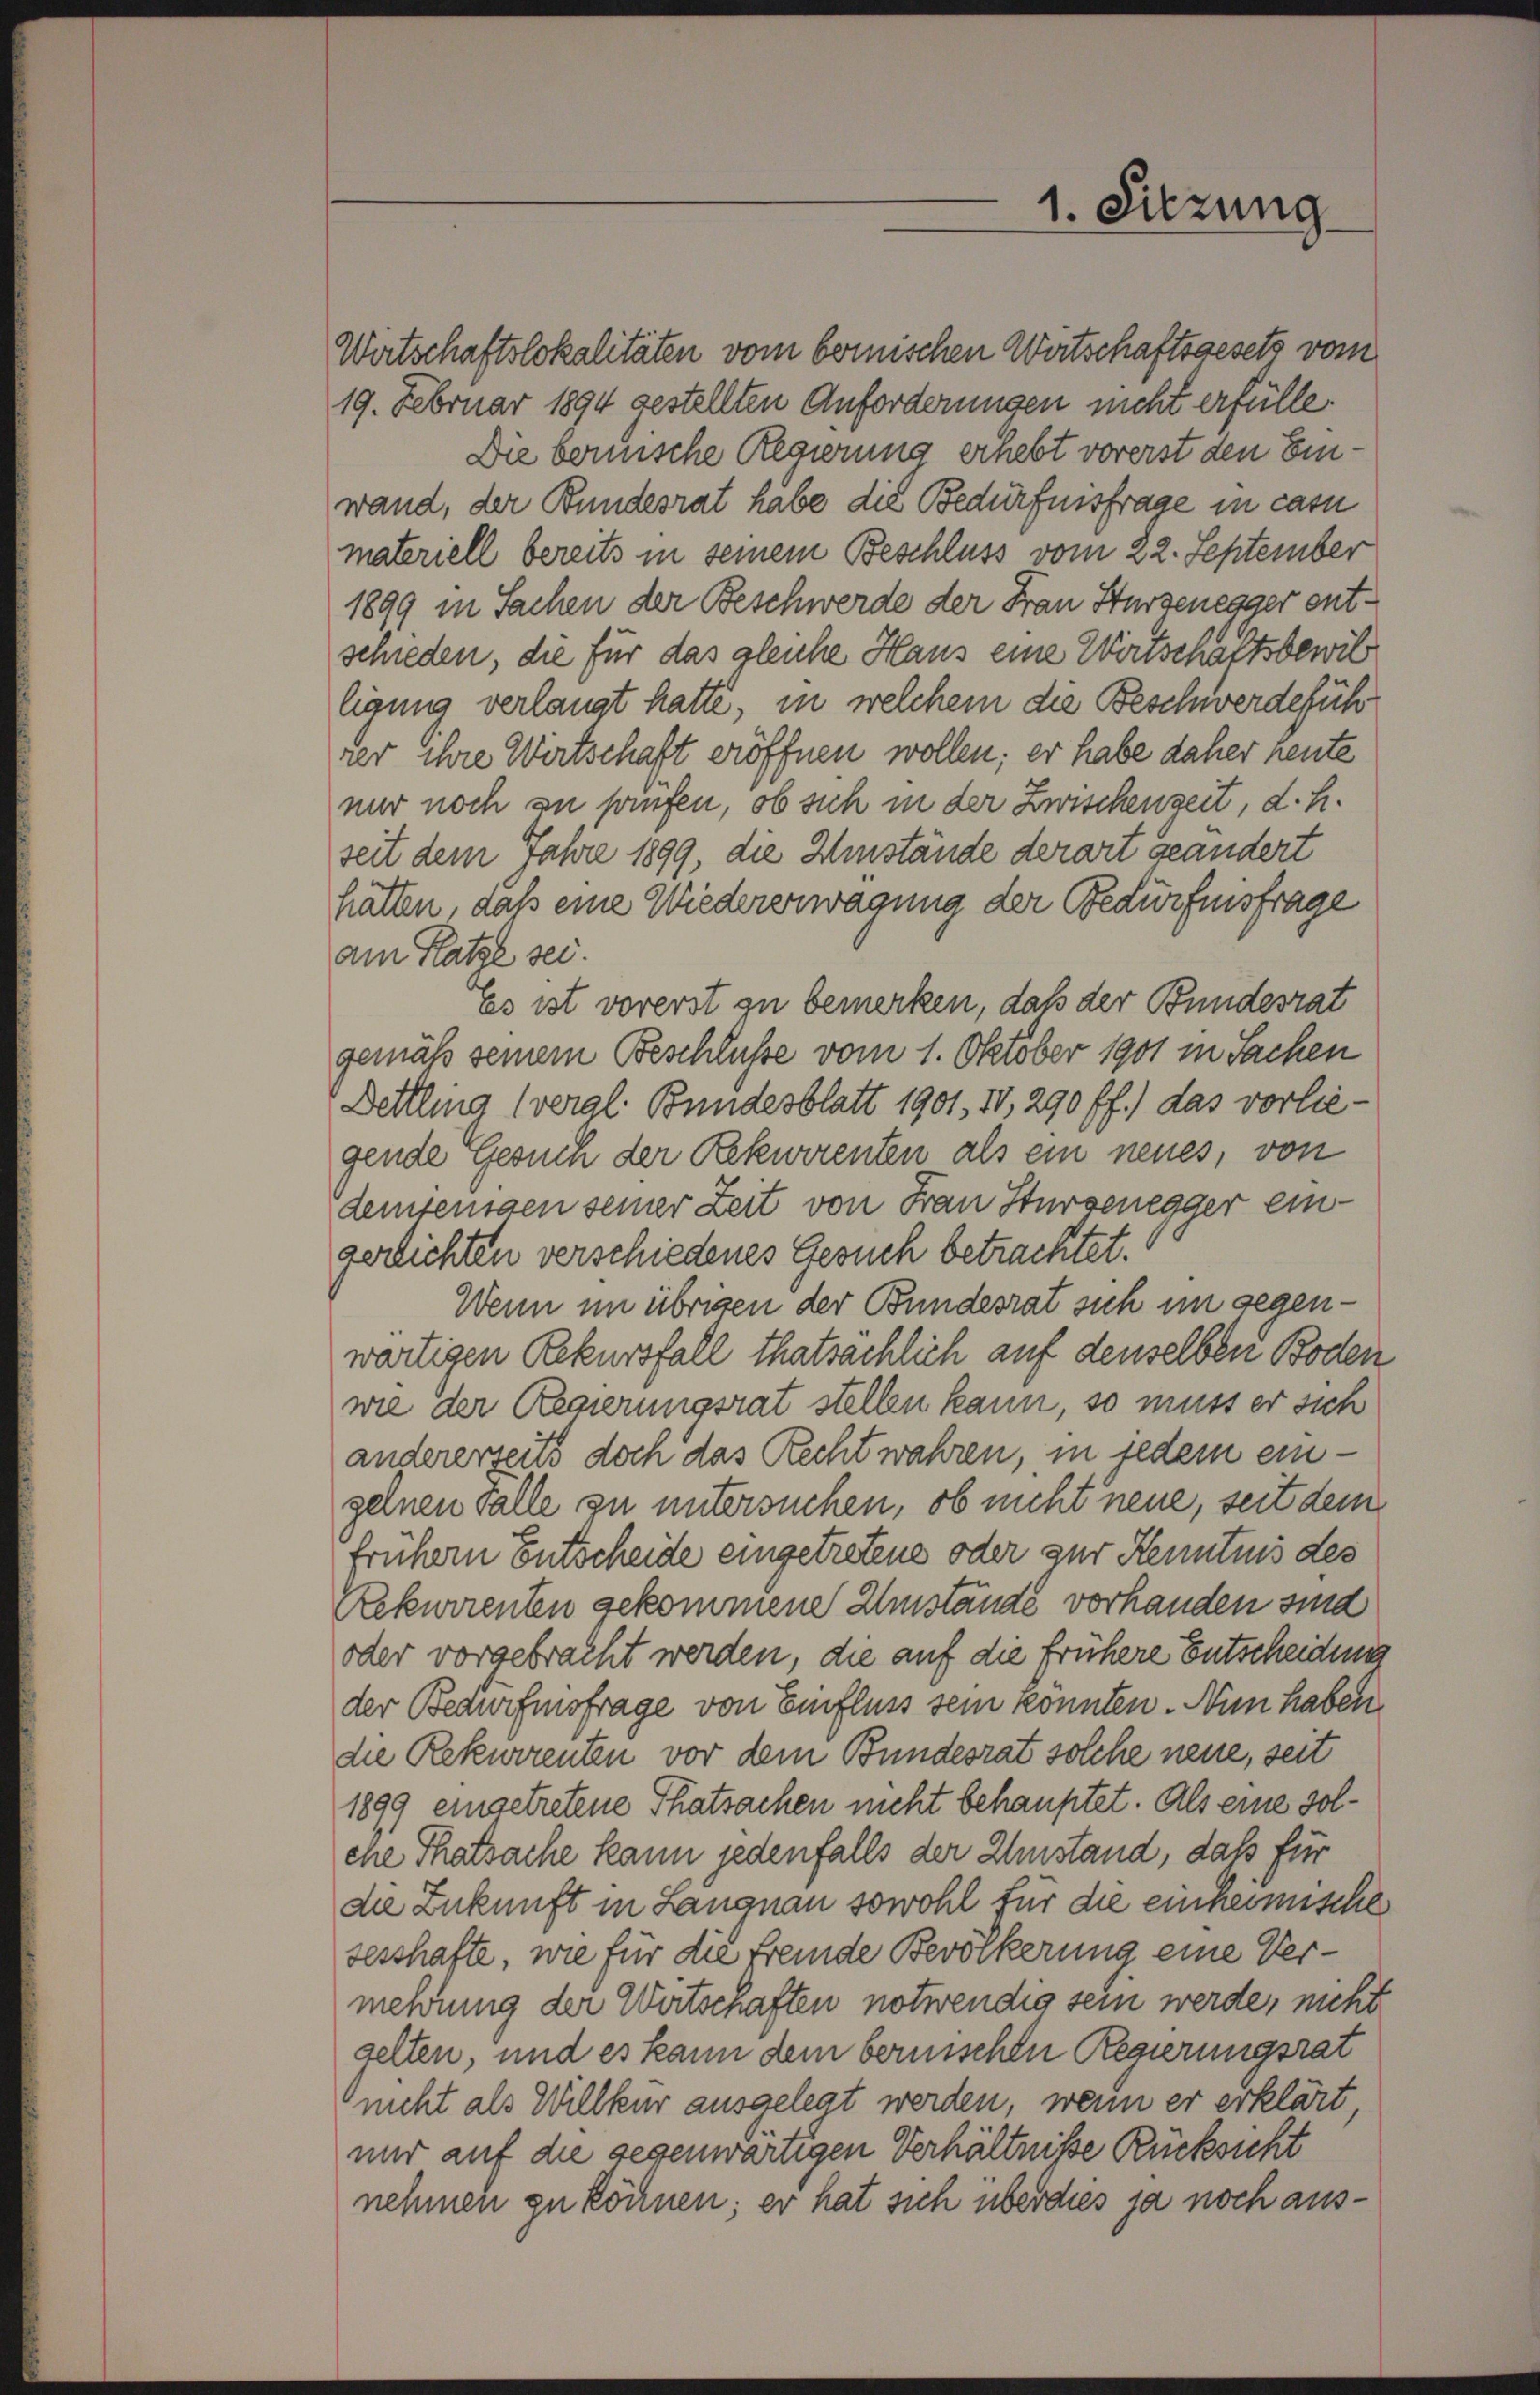
Wirtschaftslokalitäten vom bernischen Wirtschaftsgesetz vom
19. Februar 1894 gestellten Anforderungen nicht erfülle.
Die beruische Regierung erhebt vorerst den Einwand, der Bundesrat habe die Bedürfnisfrage in casu
materiell bereits in seinem Beschluss vom 22. September
1899 in Sachen der Beschwerde der Frau Sturzenegger entschieden, die für das gleiche Haus eine Wirtschaftsbewil
ligung verlangt hatte, in welchem die Beschwerdeführ
rer ihre Wirtschaft eröffnen wollen; er habe daher heute

1. Sitzung

nur noch zu haufen, ob sich in der Zwischenzeit, d. h.
seit dem Jahre 1899, die Umstände derart geändert
hätten, daß eine Wiedererwägung der Bedürfnisfrage
am Katze sei.
Es ist vorerst zu bemerken, daß der Bundesrat
gemäß seinem Beschlüsse vom 1. Oktober 1901 in Sachen
Dettling (vergl. Bundesblatt 1901. IV, 290 ff.) das vorliegende Gesuch der Rekurrenten als ein neues, von
demjenigen seiner Zeit von Frau Sturzenegger eingerlichten verschiedenes Gesuch betrachtet.
Wenn im übrigen der Bundesrat sich im gegenwärtigen Rekursfall thatsächlich auf denselben Boden
wie der Regierungsrat stellen kann, so muss er sich
andererseits doch das Recht wahren, in jedem einzelnen Falle zu untersuchen, ob nicht neue, seit dem
frühern Entscheide eingetretene oder zur Kenntnis des
Rekurrenten gekommene Umstände vorhanden sind
oder vorgebracht werden, die auf die frühere Entscheidung
der Bedurfmsfrage von Einfluss sein konnten. Nun haben
die Rekurrenten vor dem Bundesrat solche neue, seit
1899 eingetretene Thatsachen nicht behauptet. Als eine solche Thatsache kann jedenfalls der Umstand, daß für
die Zukunft in Langnau sowohl für die einheimische
sesshafte, wie für die fremde Bevölkerung eine Vermehrung der Wirtschaften notwendig sein werde, nicht
gelten, und es kann dem bernischen Regierungsrat
nicht als Willkür ausgelegt werden, wenn er erklärt
mir auf die gegenwärtigen Verhältniße Rücksicht
nehmen zu können; er hat sich überdies ja noch aus¬